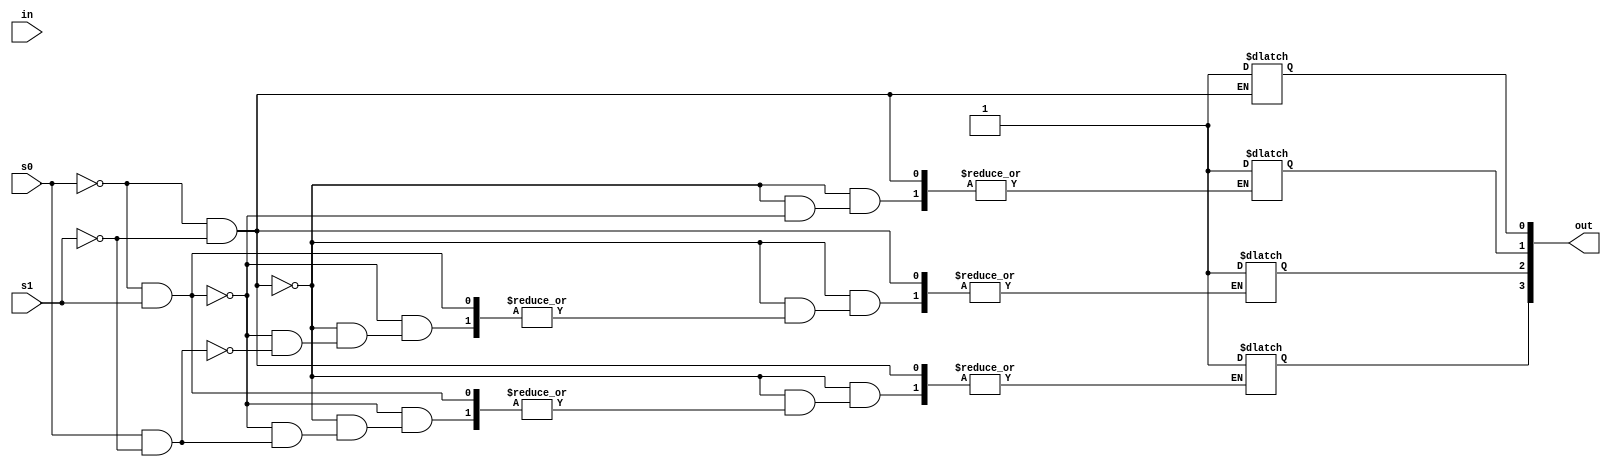
module demul_4sal(
    input wire in,s0,s1,
    output reg [3:0] out
);


always @(*) begin
    if(~s0 & ~s1)
        out[0] = 1'b1;
    else if(~s0 & s1)
        out[1] = 1'b1;
    else if(s0 & ~s1)
        out[2] = 1'b1;
    else
        out[3] = 1'b1;
end
endmodule